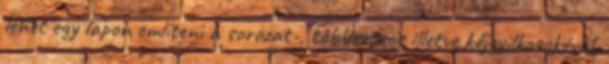
lehet egy lapon említeni a sorozat-, többszörös illetve kéjgyilkosokéval,